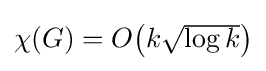
{\textstyle \chi (G)=O{\bigl (}k{\sqrt {\log k}}{\bigr )}}